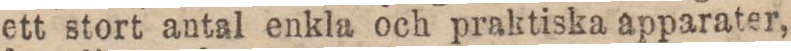
ett stort antal enkla och praktiska apparater,